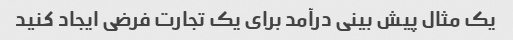
یک مثال پیش بینی درآمد برای یک تجارت فرضی ایجاد کنید